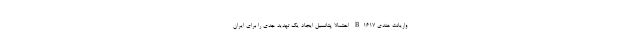
واریانت هندی B1617 احتمالا پتانسیل ایجاد یک تهدید جدی را برای ایران